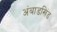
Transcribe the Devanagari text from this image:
अंबाडखिंड